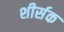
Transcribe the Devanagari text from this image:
शीर्सक